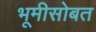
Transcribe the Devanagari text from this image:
भूमीसोबत